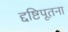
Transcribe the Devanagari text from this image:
द्दष्टिपूतना